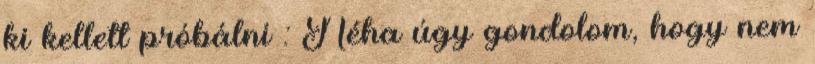
ki kellett próbálni : Néha úgy gondolom, hogy nem